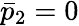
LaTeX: \bar{p}_{2}=0